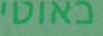
כאוטי